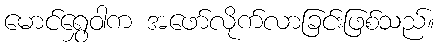
မောင်ရွှေဝါက အဖော်လိုက်လာခြင်းဖြစ်သည်။